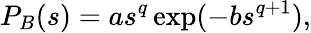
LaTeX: P_{B}(s)=as^{q}\exp(-bs^{q+1}),